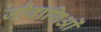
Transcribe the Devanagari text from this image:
जीवाणिओं